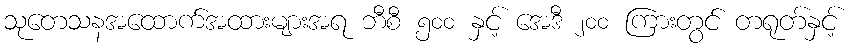
သုတေသနအထောက်အထားများအရ ဘီစီ ၅၀၀ နှင့် အေဒီ ၂၀၀ ကြားတွင် တရုတ်နှင့်